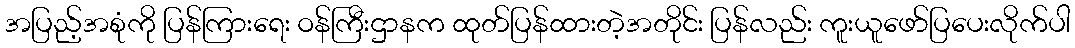
အပြည့်အစုံကို ပြန်ကြားရေး ဝန်ကြီးဌာနက ထုတ်ပြန်ထားတဲ့အတိုင်း ပြန်လည်း ကူးယူဖော်ပြပေးလိုက်ပါ